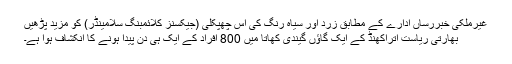
غیرملکی خبررساں ادارے کے مطابق زرد اور سیاہ رنگ کی اس چھپکلی (جیکسنز کلائمبنگ سلامینڈر) کو مزید پڑھیں
بھارتی ریاست اتراکھنڈ کے ایک گاؤں گیندی کھاتا میں 800 افراد کے ایک ہی دن پیدا ہونے کا انکشاف ہوا ہے۔